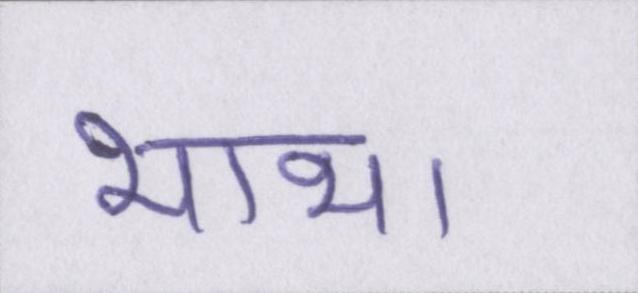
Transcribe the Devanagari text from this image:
भाभा